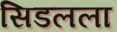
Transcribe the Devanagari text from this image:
सिडलला